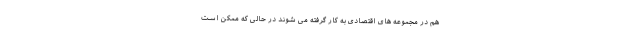
هم در مجموعه های اقتصادی به کار گرفته می شوند در حالی که ممکن است